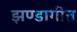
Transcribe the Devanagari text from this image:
झण्डागीत